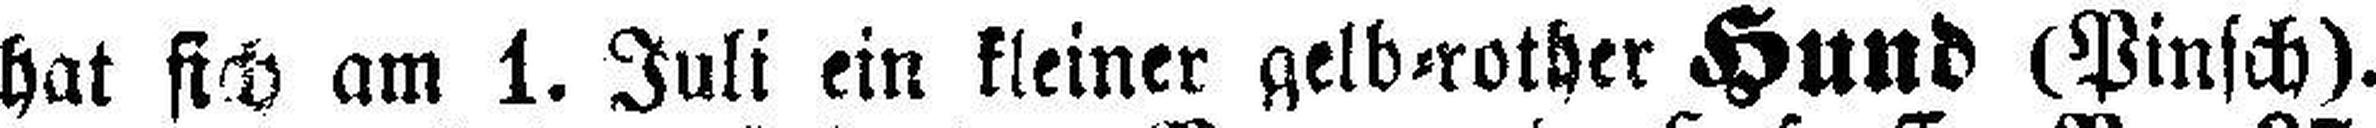
hat sich am 1. Juli ein kleiner gelb=rother Hund (Pinsch).